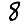
Digit: 8